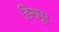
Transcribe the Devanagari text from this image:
हिरापूर